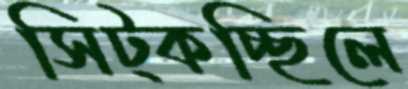
সিট্‌কচ্ছিলে